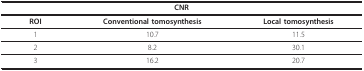
| <COLSPAN=3> CNR |
 | --- | --- | --- |
 | ROI | Conventional tomosynthesis | Local tomosynthesis |
 | 1 | 10.7 | 11.5 |
 | 2 | 8.2 | 30.1 |
 | 3 | 16.2 | 20.7 |